画像に写った文字を読んでください
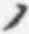
「ノ」と書いてあります